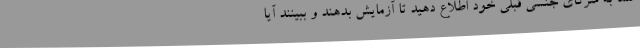
شما به شرکای جنسی قبلی خود اطلاع دهید تا آزمایش بدهند و ببینند آیا